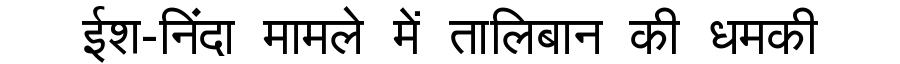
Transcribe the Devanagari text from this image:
ईश-निंदा मामले में तालिबान की धमकी